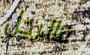
فالرجل